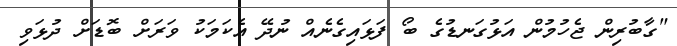
"ގާބުރިން ޖެހުމުން އަޅުގަނޑުގެ ބޯ ފަޅައިގެނެއް ނުދޭ އެކަމަކު ވަރަށް ބޮޑަށް ދުޅަވި